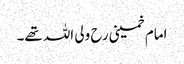
امام خمینی رح ولی اللہ تھے۔